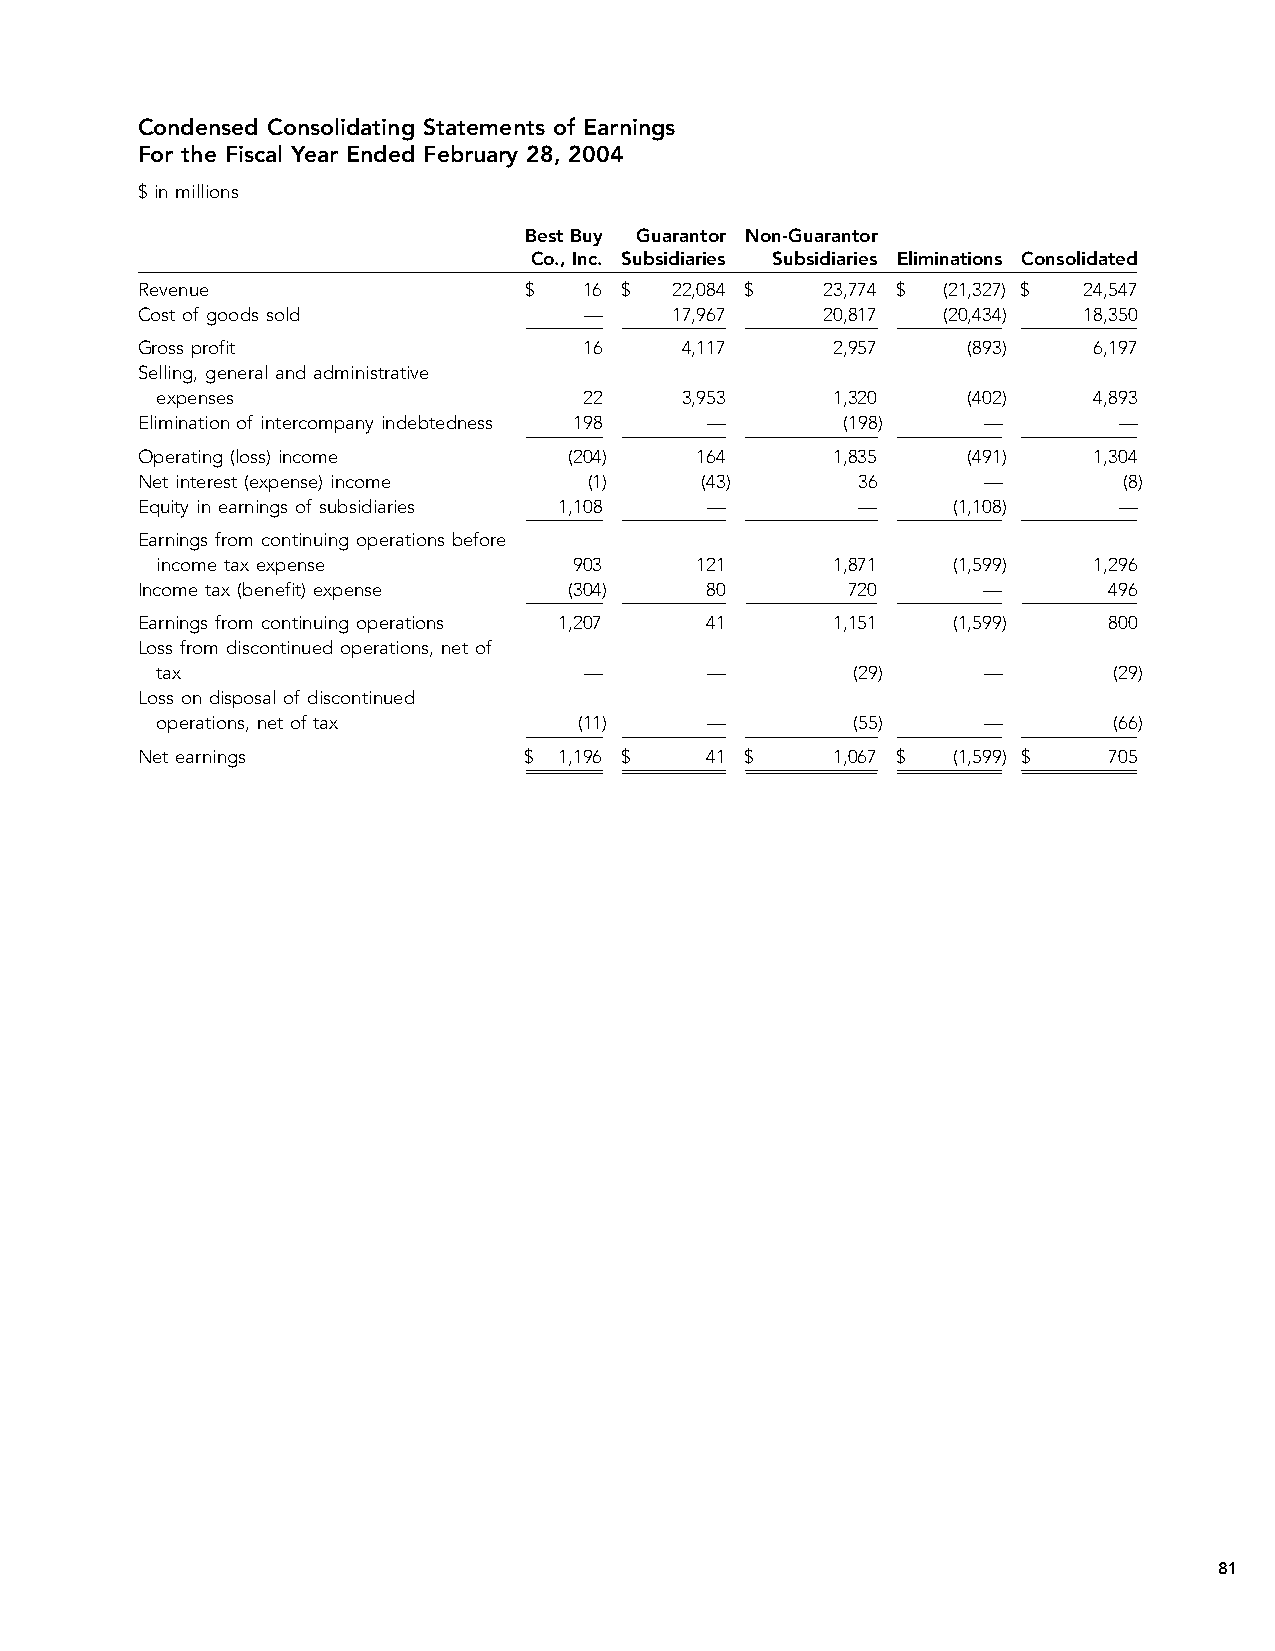
Condensed Consolidating Statements of Earnings
 For the Fiscal Year Ended February 28, 2004
 $ in millions
 Best Buy Guarantor Non-Guarantor
 Co., Inc. Subsidiaries Subsidiaries Eliminations Consolidated
 Revenue                   $   16 $  22,084 $  23,774 $ (21,327) $ 24,547
 Cost of goods sold            —     17,967    20,817 (20,434)  18,350
 Gross profit                  16    4,117     2,957    (893)   6,197
 Selling, general and administrative
 expenses                     22    3,953     1,320    (402)   4,893
 Elimination of intercompany indebtedness 198 — (198)    —        —
 Operating (loss) income      (204)   164      1,835    (491)   1,304
 Net interest (expense) income (1)    (43)       36      —        (8)
 Equity in earnings of subsidiaries 1,108 —      —     (1,108)    —
 Earnings from continuing operations before
 income tax expense          903     121      1,871   (1,599)  1,296
 Income tax (benefit) expense (304)    80       720      —       496
 Earnings from continuing operations 1,207 41  1,151   (1,599)   800
 Loss from discontinued operations, net of
 tax                          —       —         (29)    —        (29)
 Loss on disposal of discontinued
 operations, net of tax      (11)     —         (55)    —        (66)
 Net earnings              $ 1,196 $   41 $    1,067 $ (1,599) $ 705
 81